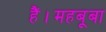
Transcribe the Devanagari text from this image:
हैं।महबूबा